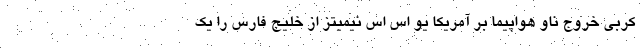
کربی خروج ناو هواپیما بر آمریکا یو اس اس نیمیتز از خلیج فارس را یک